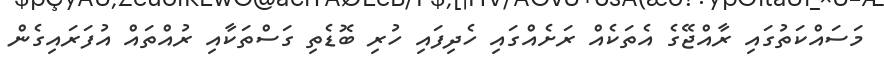
މަސައްކަތުގައި ރާއްޖޭގެ އެތަކެއް ރަށެއްގައި ހެދިފައި ހުރި ބޮޑެތި ގަސްތަކާއި ރުއްތައް އުފަރައިގެން